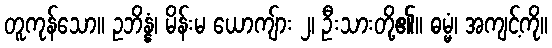
တူကုန်သော။ ဥဘိန္နံ၊ မိန်းမ ယောကျ်ား ၂၊ ဦးသားတို့၏။ ဓမ္မံ၊ အကျင့်ကို။